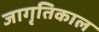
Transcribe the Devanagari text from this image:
जागृतिकाल